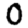
Digit: 0